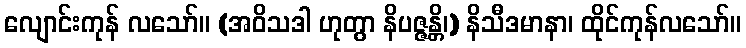
လျောင်းကုန် လသော်။ (အဝိသဒါ ဟုတွာ နိပဇ္ဇန္တိ၊) နိသီဒမာနာ၊ ထိုင်ကုန်လသော်။